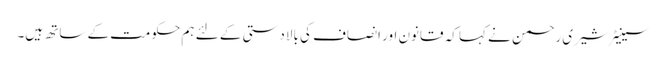
سینیٹر شیری رحمن نے کہا کہ قانون اور انصاف کی بالادستی کے لئے ہم حکومت کے ساتھ ہیں۔